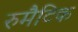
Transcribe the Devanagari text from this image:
रुमैटिक